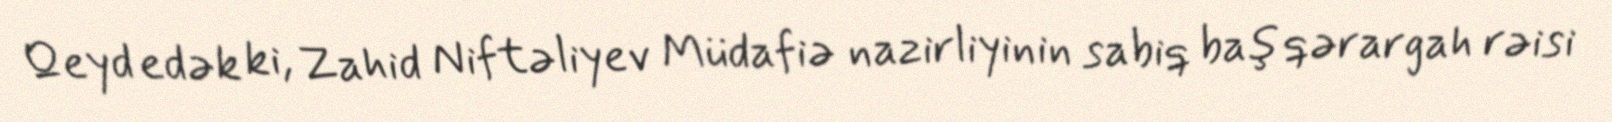
Qeyd edək ki, Zahid Niftəliyev Müdafiə nazirliyinin sabiq baş qərargah rəisi